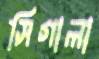
সিগালা